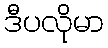
ဒီပလိုမာ